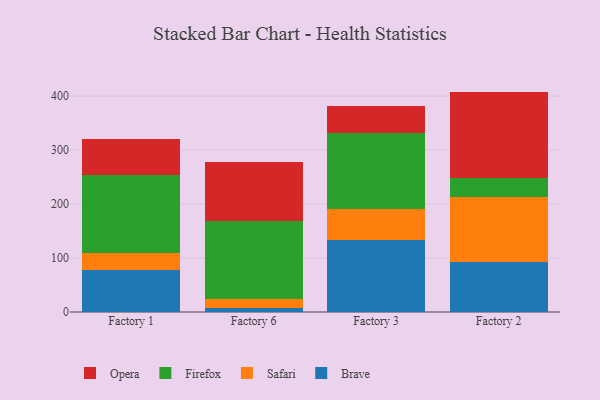
{"axis": {"x": "Factory", "y": "Demand Index"}, "legend": ["Brave", "Firefox", "Opera", "Safari"], "data": [{"x": "Factory 1", "y": 78.4, "type": "Brave"}, {"x": "Factory 1", "y": 30.5, "type": "Safari"}, {"x": "Factory 1", "y": 144.8, "type": "Firefox"}, {"x": "Factory 1", "y": 67.6, "type": "Opera"}, {"x": "Factory 6", "y": 7.5, "type": "Brave"}, {"x": "Factory 6", "y": 17.0, "type": "Safari"}, {"x": "Factory 6", "y": 144.5, "type": "Firefox"}, {"x": "Factory 6", "y": 108.2, "type": "Opera"}, {"x": "Factory 3", "y": 134.3, "type": "Brave"}, {"x": "Factory 3", "y": 55.7, "type": "Safari"}, {"x": "Factory 3", "y": 141.4, "type": "Firefox"}, {"x": "Factory 3", "y": 49.8, "type": "Opera"}, {"x": "Factory 2", "y": 92.2, "type": "Brave"}, {"x": "Factory 2", "y": 120.6, "type": "Safari"}, {"x": "Factory 2", "y": 35.8, "type": "Firefox"}, {"x": "Factory 2", "y": 159.7, "type": "Opera"}]}